Reports on military cantonments and civil stations in the Presidency of Bombay inspected by the Sanitary Commissioner in the years 1875 and 1876
Year: 1875
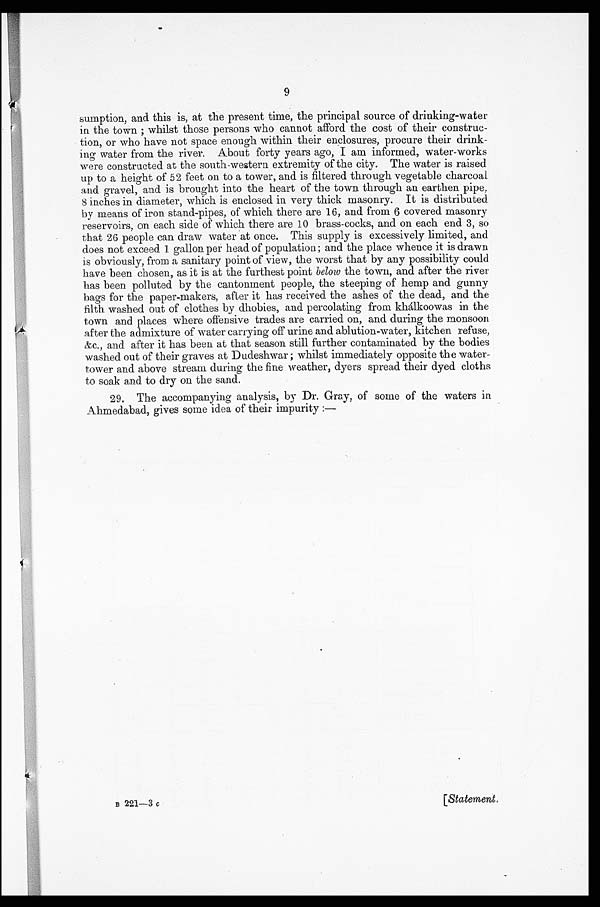
9
sumption, and this is, at the present time, the principal source of drinking-water
in the town; whilst those persons who cannot afford the cost of their construc
-tion, or who have not space enough within their enclosures, procure their drink
-ing water from the river. About forty years ago, I am informed, water-works
were constructed at the south-western extremity of the city. The water is raised
up to a height of 52 feet on to a tower, and is filtered through vegetable charcoal
and gravel, and is brought into the heart of the town through an earthen pipe,
8 inches in diameter, which is enclosed in very thick masonry. It is distributed
by means of iron stand-pipes, of which there are 16, and from 6 covered masonry
reservoirs, on each side of which there are 10 brass-cocks, and on each end 3, so
that 26 people can draw water at once. This supply is excessively limited, and
does not exceed 1 gallon per head of population; and the place whence it is drawn
is obviously, from a sanitary point of view, the worst that by any possibility could
have been chosen, as it is at the furthest point below the town, and after the river
has been polluted by the cantonment people, the steeping of hemp and gunny
bags for the paper-makers, after it has received the ashes of the dead, and the
filth washed out of clothes by dhobies, and percolating from khálkoowas in the
town and places where offensive trades are carried on, and during the monsoon
after the admixture of water carrying off urine and ablution-water, kitchen refuse,
&c., and after it has been at that season still further contaminated by the bodies
washed out of their graves at Dudeshwar; whilst immediately opposite the water-
tower and above stream during the fine weather, dyers spread their dyed cloths
to soak and to dry on the sand.
29. The accompanying analysis, by Dr. Gray, of some of the waters in
Ahmedabad, gives some idea of their impurity:—
B 221—3 c
[Statement.